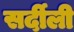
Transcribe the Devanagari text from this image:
सर्दीली